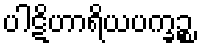
ပါဋိဟာရိယပက္ခဉ္စ